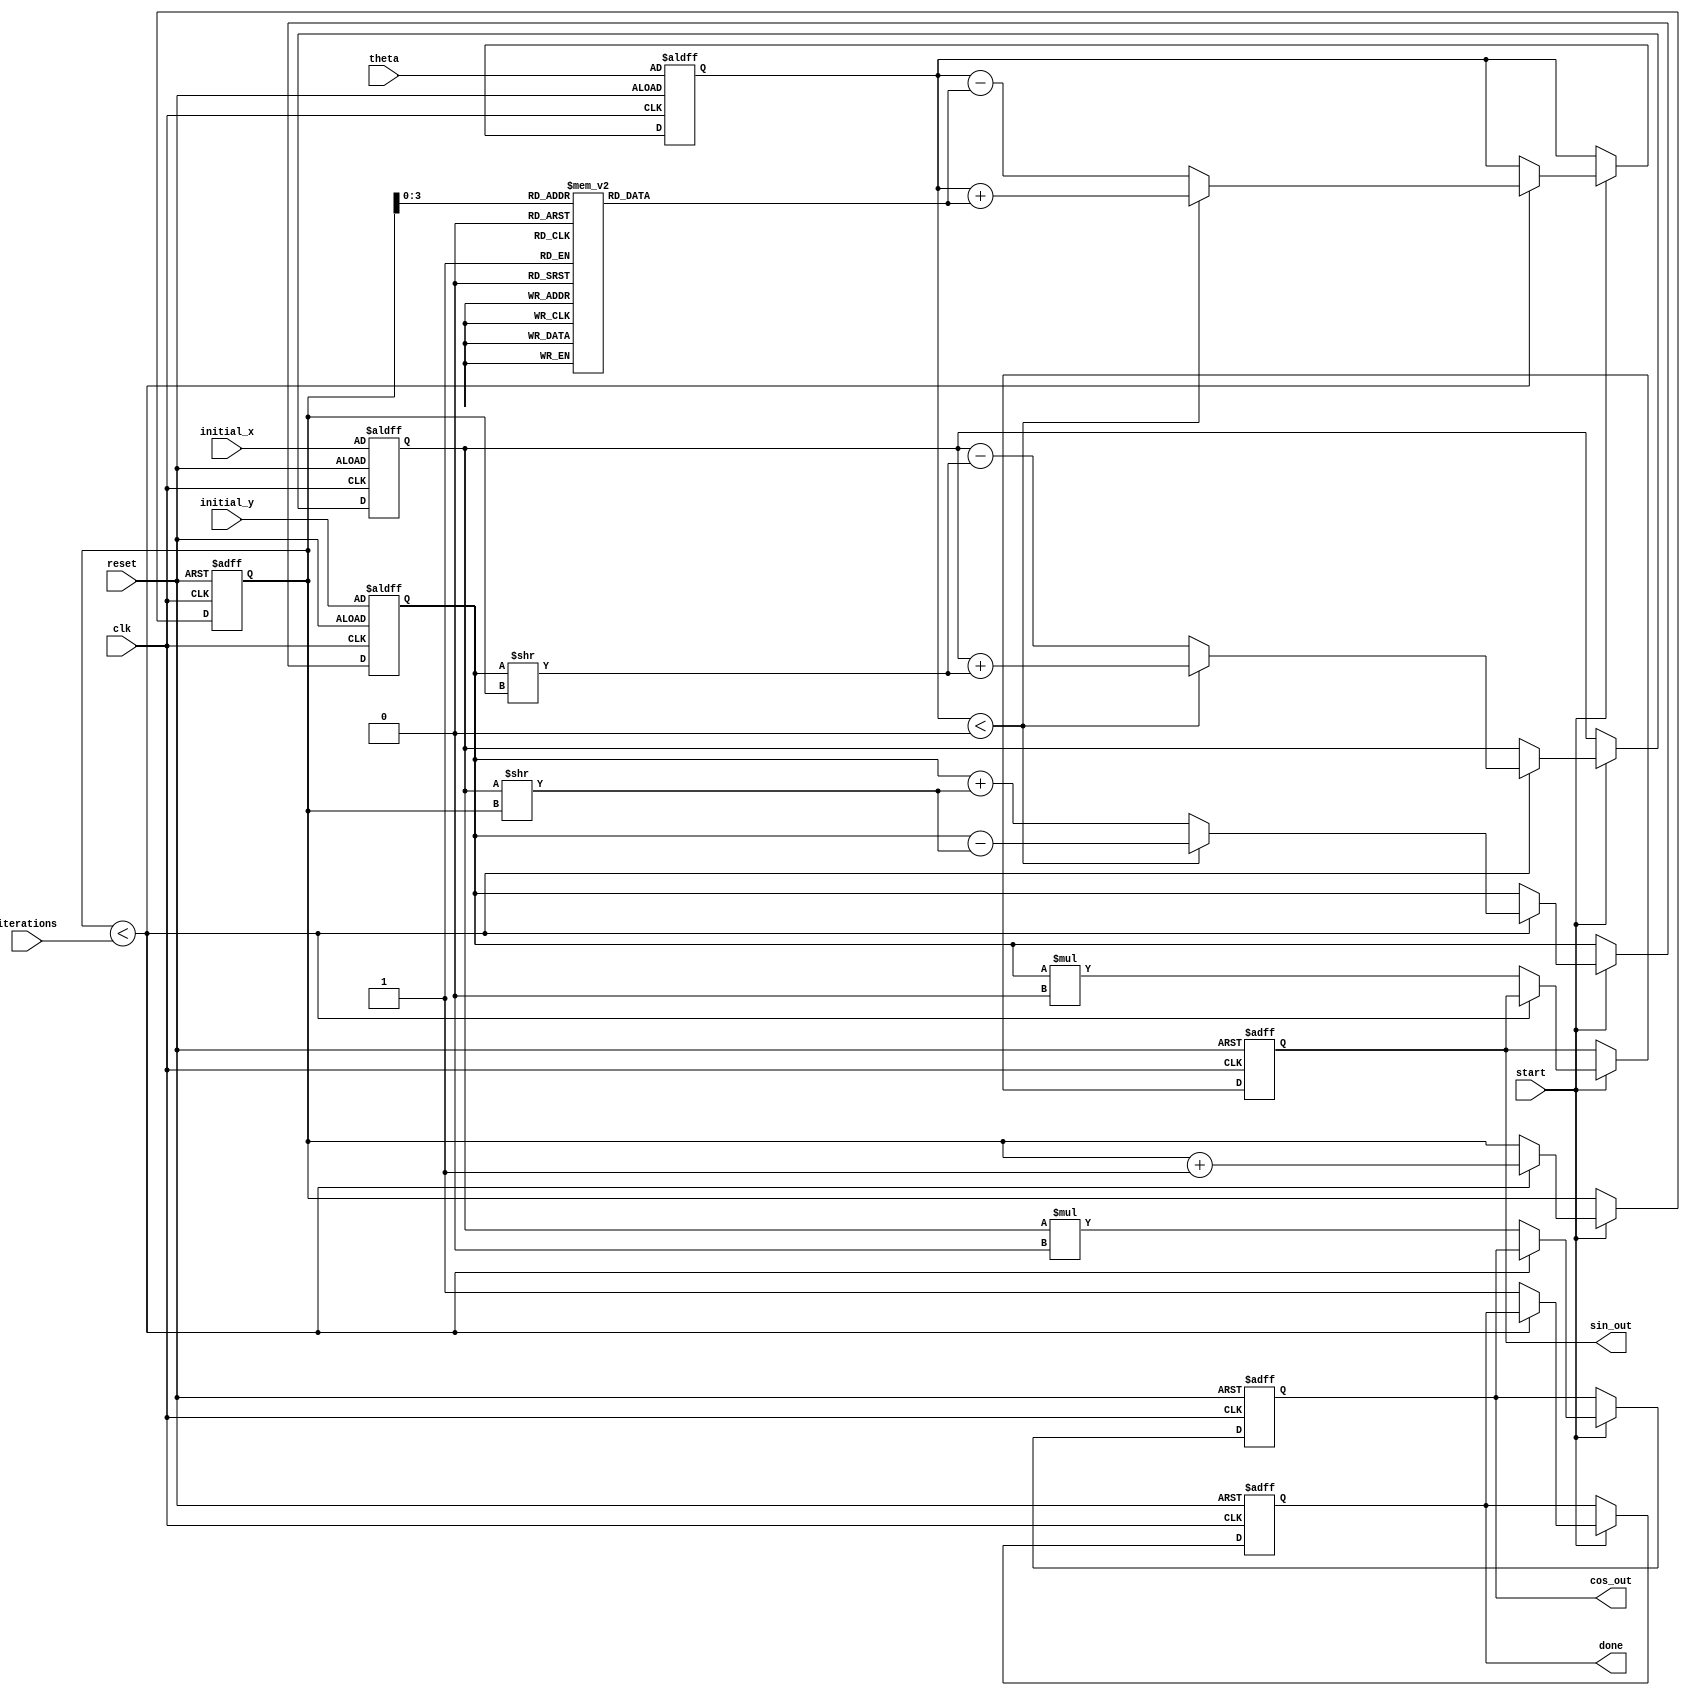
module CORDIC(
    input wire clk,
    input wire reset,
    input wire start,
    input wire [31:0] theta,          // Input angle in fixed-point representation
    input wire [31:0] initial_x,      // Initial x-coordinate
    input wire [31:0] initial_y,      // Initial y-coordinate
    input wire [4:0] iterations,       // Number of iterations
    output reg [31:0] cos_out,        // Output cosine value
    output reg [31:0] sin_out,        // Output sine value
    output reg done                   // Indicates completion of computation
);

    // Constants
    localparam NUM_ITERATIONS = 16;  // Define the maximum number of iterations
    reg [31:0] x, y, z;               // Registers for x, y, z coordinates
    reg [4:0] count;                  // Iteration counter
    reg [31:0] atan_lut [0:NUM_ITERATIONS-1]; // LUT for arctangent values
    reg [31:0] scaling_factor;        // Scaling factor

    // Initialize the arctangent lookup table
    initial begin
        atan_lut[0] = 32'h00000000; // atan(0) = 0
        atan_lut[1] = 32'h20000000; // atan(1) = pi/4
        atan_lut[2] = 32'h14000000; // atan(0.5)
        atan_lut[3] = 32'h0A000000; // atan(0.25)
        // Add more values as needed...
        // Fill in the rest of the LUT
    end

    // Scaling factor for CORDIC
    initial begin
        scaling_factor = 32'h00000000; // Set appropriate scaling factor
    end

    // State machine for CORDIC operation
    always @(posedge clk or posedge reset) begin
        if (reset) begin
            x <= initial_x;
            y <= initial_y;
            z <= theta;
            count <= 0;
            done <= 0;
            cos_out <= 0;
            sin_out <= 0;
        end else if (start) begin
            if (count < iterations) begin
                if (z < 0) begin
                    // Perform rotation in the negative direction
                    x <= x + (y >> count);
                    y <= y - (x >> count);
                    z <= z + atan_lut[count];
                end else begin
                    // Perform rotation in the positive direction
                    x <= x - (y >> count);
                    y <= y + (x >> count);
                    z <= z - atan_lut[count];
                end
                count <= count + 1;
            end else begin
                // Store the results and finish the computation
                cos_out <= x * scaling_factor; // Apply scaling factor
                sin_out <= y * scaling_factor; // Apply scaling factor
                done <= 1;
            end
        end
    end

endmodule